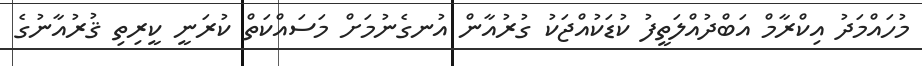
މުހައްމަދު އިކްރާމް އަބްދުއްލަތީފު ކުޑަކުއްޖަކު ގުރުއާން އުނގެނުމަށް މަސައްކަތް ކުރަނީ ކީރިތި ޤުރުއާނުގެ